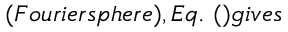
( F o u r i e r s p h e r e ) , E q . \ ( ) g i v e s